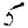
Digit: 5